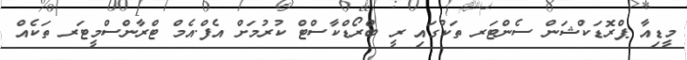
މީޑިއާ ޕްރޮޑަކްޝަން ސެންޓަރ ތަކުގައި ރީ ބްރޯޑްކާސްޓް ކުރުމަށް އެފް.އެމް ޓްރާންސްމީޓަރ ތަކެއް